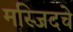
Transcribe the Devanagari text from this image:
मस्जिदचे